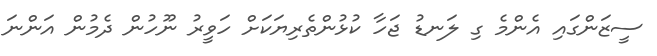
ސީޒަންގައި އެންމެ ގި ލަނޑު ޖަހާ ކުޅުންތެރިޔަކަށް ހަވީރު ނޫހުން ދެމުން އަންނަ